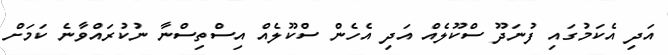
އަދި އެކަމުގައި ފުނަދޫ ސްކޫލެއް އަދި އެހެން ސްކޫލެއް އިސްތިސްނާ ނުކުރައްވާނެ ކަމަށް